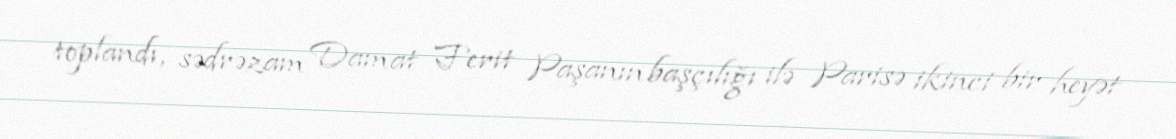
toplandı, sədrəzam Damat Ferit Paşanın başçılığı ilə Parisə ikinci bir heyət